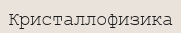
Кристаллофизика